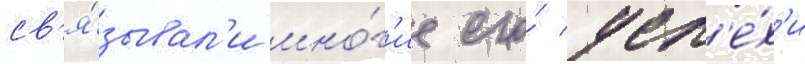
св'я́зывал'и мно́г'ие его́ усп'е́х'и